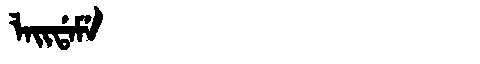
Manchu: ᠯᠠᡳᡩᠠᠮᡝ
Romanization: LAIDAME